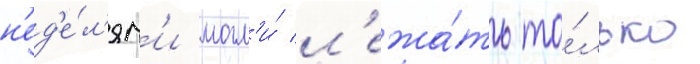
н'ед'е́л'ям'и могл'и́ л'ежа́ть то́лько